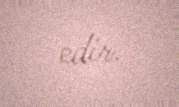
edir.